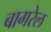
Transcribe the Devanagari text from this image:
बागरेल